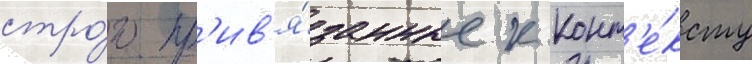
стро́го пр'ив'я́занные к конт'е́ксту